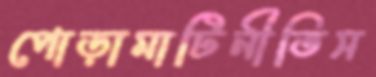
পোড়ামাটিনীতিস